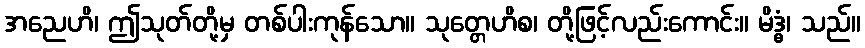
အညေဟိ၊ ဤသုတ်တို့မှ တစ်ပါးကုန်သော။ သုတ္တေဟိစ၊ တို့ဖြင့်လည်းကောင်း။ မိဒ္ဓံ၊ သည်။